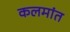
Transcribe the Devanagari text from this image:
कलमांत